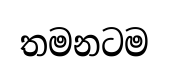
තමනටම